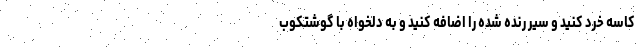
کاسه خرد کنید و سیر رنده شده را اضافه کنید و به دلخواه با گوشتکوب